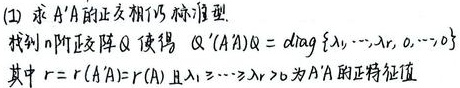
(2) 求\(A^{\mathrm{T}}A\)的正交相似标准型。找到\(n\)阶正交阵\(Q\)使得
\[Q^{\mathrm{T}}(A^{\mathrm{T}}A)Q = \mathrm{diag}\{\lambda_{1},\cdots,\lambda_{r}, 0,\cdots,0\}\]
其中\(r = r(A^{\mathrm{T}}A)=r(A)\)且\(\lambda_{1} \geq \cdots \geq \lambda_{r}> 0\)为\(A^{\mathrm{T}}A\)的正特征值。